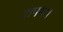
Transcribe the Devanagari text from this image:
शपथ।